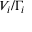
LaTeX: V _ { i } / \Gamma _ { i }